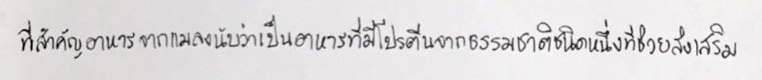
ที่สำคัญอาหารจากแมลงนับว่าเป็นอาหารที่มีโปรตีนจากธรรมชาติชนิดหนึ่งที่ช่วยส่งเสริม